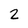
Character: 2